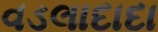
વડલાદાદા